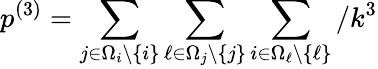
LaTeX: p^{(3)}=\sum_{j\in\Omega_{i}\backslash\{ i\} }\sum_{\ell\in\Omega_{j}\backslash\{ j\} }\sum_{i\in\Omega_{\ell}\backslash\{ \ell\} }/k^{3}